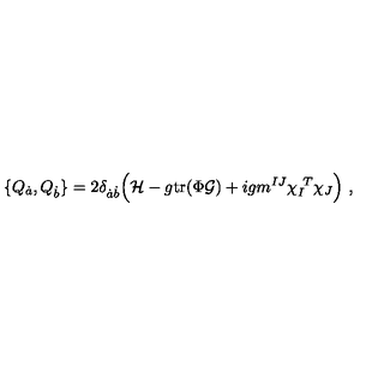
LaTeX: \{ Q _ { \dot { a } } , Q _ { \dot { b } } \} = 2 \delta _ { { \dot { a } } { \dot { b } } } \Bigl ( { \cal H } - { g } \mathrm { t r } ( \Phi { \cal G } ) + i g m ^ { I J } \chi _ { I } ^ { \ T } \chi _ { J } \Bigr ) \ ,